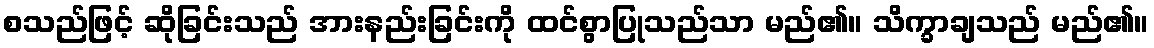
စသည်ဖြင့် ဆိုခြင်းသည် အားနည်းခြင်းကို ထင်စွာပြုသည်သာ မည်၏။ သိက္ခာချသည် မည်၏။